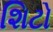
શિટો